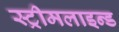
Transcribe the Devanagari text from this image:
स्ट्रीमलाइन्ड